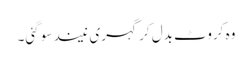
وہ کروٹ بدل کر گہری نیند سو گئی۔